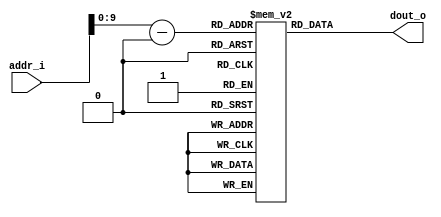
module IM(addr_i, dout_o);
	parameter initAddress = 32'h0000_0c00;
	
	input [13:2] addr_i;
	output [31:0] dout_o;
	
	integer i;
	reg [31:0] InstructionMemory[1023:0];
	
	initial
		begin
		for(i = 0;i < 1024;i = i + 1)
			begin
			InstructionMemory[i] = 32'b0;
			end
		end

	assign dout_o = InstructionMemory[addr_i - initAddress];
endmodule